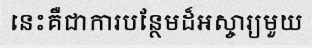
នេះគឺជាការបន្ថែមដ៏អស្ចារ្យមួយ